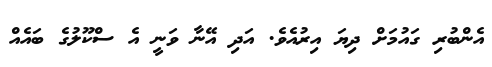
އެންބުރި ގައުމަށް ދިޔަ އިރުއެވެ. އަދި އޭނާ ވަނީ އެ ސްކޫލުގެ ބައެއް